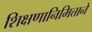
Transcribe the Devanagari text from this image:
शिक्षणानिमित्ताने